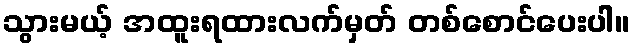
သွားမယ့် အထူးရထားလက်မှတ် တစ်စောင်ပေးပါ။